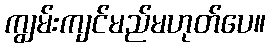
ကျွမ်းကျင်မည်မဟုတ်ပေ။